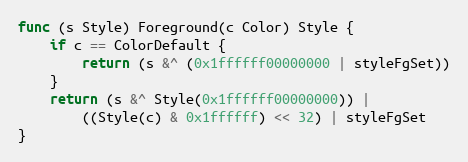
Language: Go
func (s Style) Foreground(c Color) Style {
	if c == ColorDefault {
		return (s &^ (0x1ffffff00000000 | styleFgSet))
	}
	return (s &^ Style(0x1ffffff00000000)) |
		((Style(c) & 0x1ffffff) << 32) | styleFgSet
}